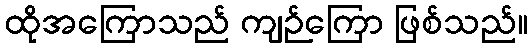
ထိုအကြောသည် ကျဉ်ကြော ဖြစ်သည်။